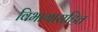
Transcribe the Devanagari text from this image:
विभागासहित